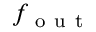
f _ { \mathrm { ~ o ~ u ~ t ~ } }